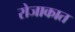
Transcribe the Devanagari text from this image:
रोजाकात